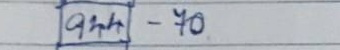
944 - 70